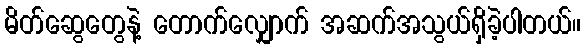
မိတ်ဆွေတွေနဲ့ တောက်လျှောက် အဆက်အသွယ်ရှိခဲ့ပါတယ်။